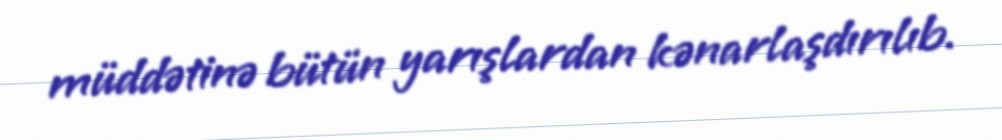
müddətinə bütün yarışlardan kənarlaşdırılıb.